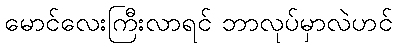
မောင်လေးကြီးလာရင် ဘာလုပ်မှာလဲဟင်